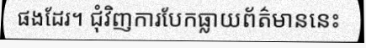
ផងដែរ។ ជុំវិញការបែកធ្លាយព័ត៌មាននេះ